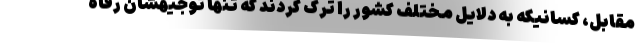
مقابل، کسانیکه به دلایل مختلف کشور را ترک کردند که تنها توجیهشان رفاه